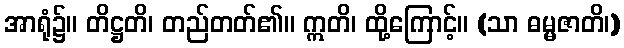
အာရုံ၌။ တိဋ္ဌတိ၊ တည်တတ်၏။ ဣတိ၊ ထို့ကြောင့်။ (သာ ဓမ္မဇာတိ၊)